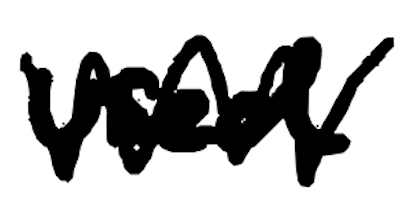
Text: used
Cross-out: zig-zag
Writing tool: digital_black